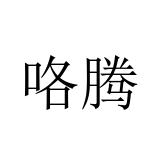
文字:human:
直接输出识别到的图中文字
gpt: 咯腾